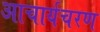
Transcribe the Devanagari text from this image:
आचार्यचरण